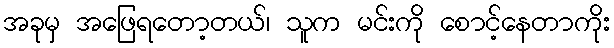
အခုမှ အဖြေရတော့တယ်၊ သူက မင်းကို စောင့်နေတာကိုး